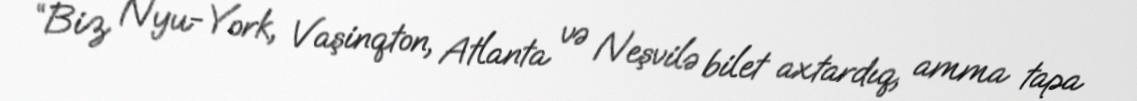
“Biz Nyu-York, Vaşinqton, Atlanta və Neşvilə bilet axtardıq, amma tapa